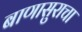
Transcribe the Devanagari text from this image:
बाणासुराचा